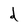
Character: d